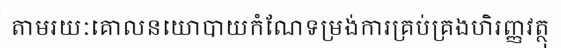
តាមរយៈគោលនយោបាយកំណែទម្រង់ការគ្រប់គ្រងហិរញ្ញវត្ថុ